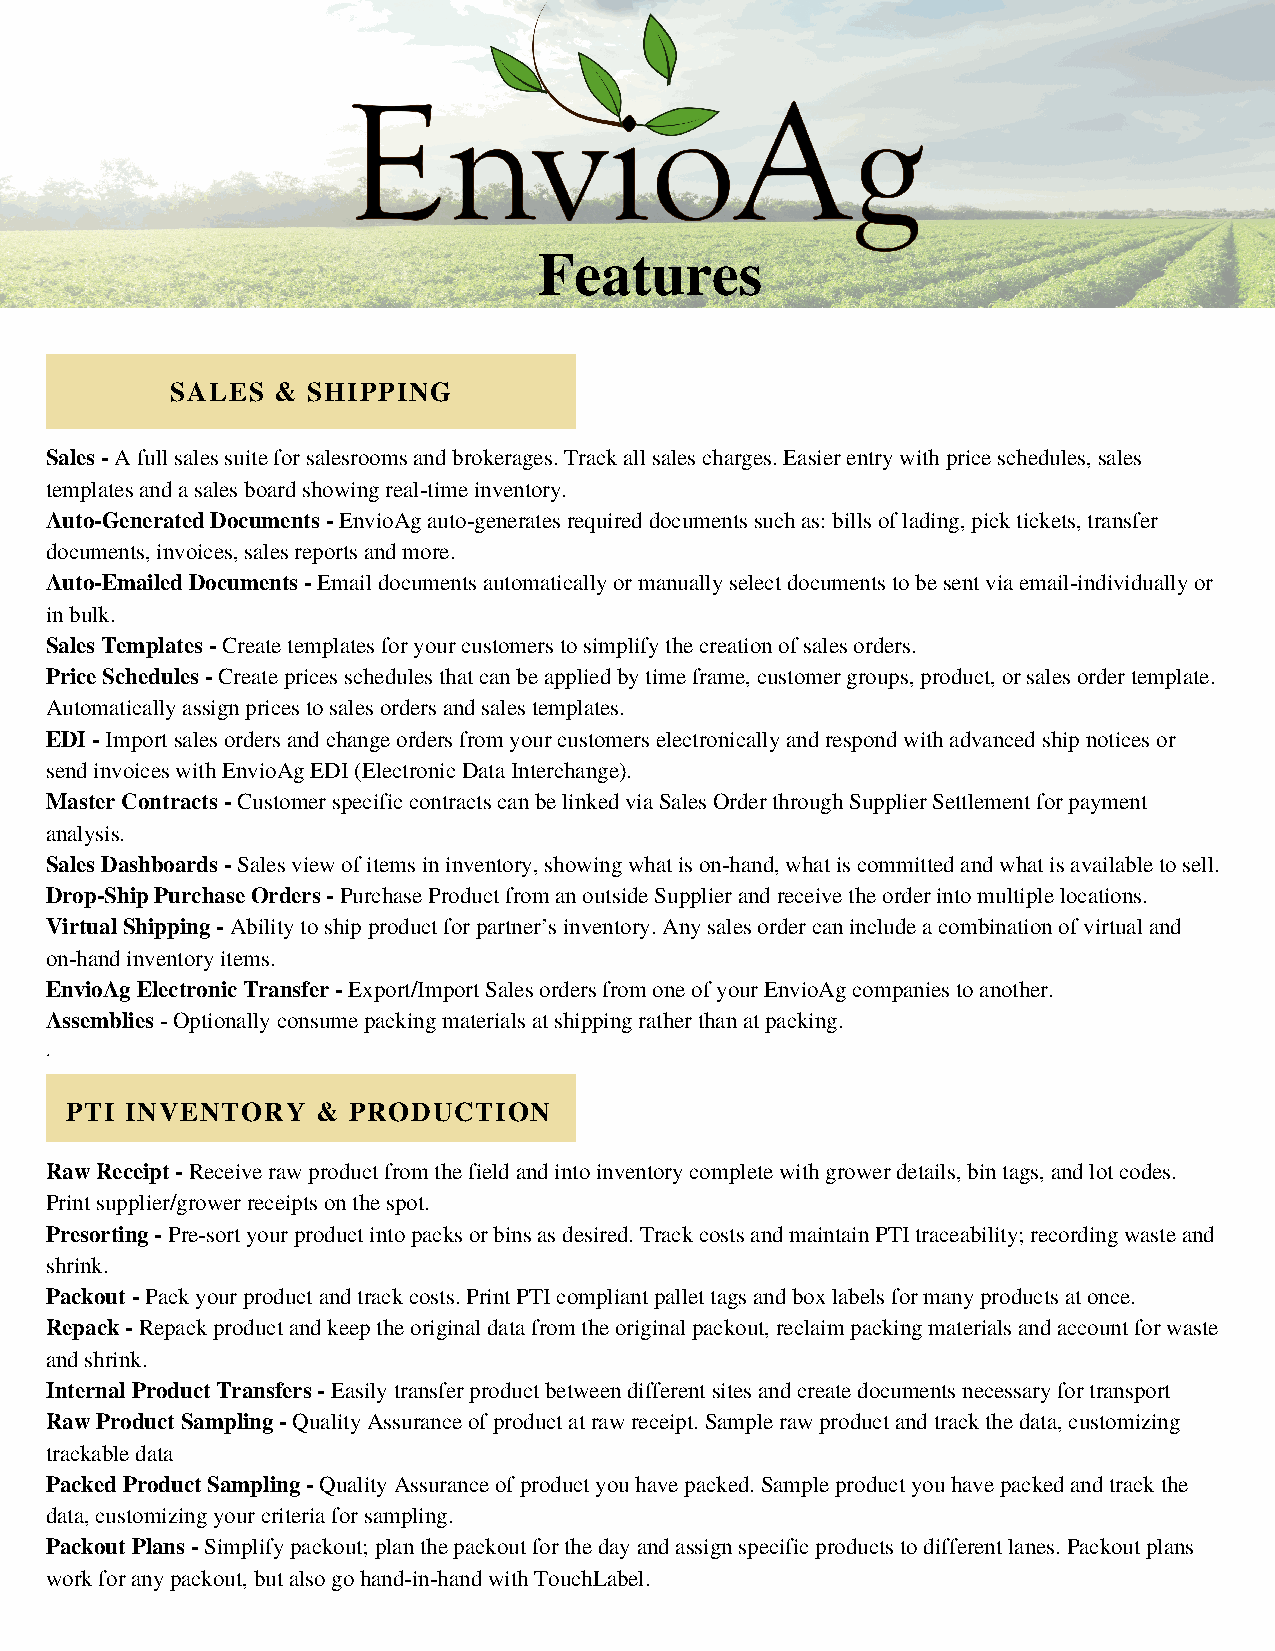
Features
 SALES  & SHIPPING
 Sales - A full sales suite for salesrooms and brokerages. Track all sales charges. Easier entry with price schedules, sales
 templates and a sales board showing real-time inventory.
 Auto-Generated Documents - EnvioAg auto-generates required documents such as: bills of lading, pick tickets, transfer
 documents, invoices, sales reports and more.
 Auto-Emailed Documents - Email documents automatically or manually select documents to be sent via email-individually or
 in bulk.
 Sales Templates - Create templates for your customers to simplify the creation of sales orders.
 Price Schedules - Create prices schedules that can be applied by time frame, customer groups, product, or sales order template.
 Automatically assign prices to sales orders and sales templates.
 EDI - Import sales orders and change orders from your customers electronically and respond with advanced ship notices or
 send invoices with EnvioAg EDI (Electronic Data Interchange).
 Master Contracts - Customer specific contracts can be linked via Sales Order through Supplier Settlement for payment
 analysis.
 Sales Dashboards - Sales view of items in inventory, showing what is on-hand, what is committed and what is available to sell.
 Drop-Ship Purchase Orders - Purchase Product from an outside Supplier and receive the order into multiple locations.
 Virtual Shipping - Ability to ship product for partner’s inventory. Any sales order can include a combination of virtual and
 on-hand inventory items.
 EnvioAg Electronic Transfer - Export/Import Sales orders from one of your EnvioAg companies to another.
 Assemblies - Optionally consume packing materials at shipping rather than at packing.
 .
 PTI INVENTORY    & PRODUCTION
 Raw Receipt - Receive raw product from the field and into inventory complete with grower details, bin tags, and lot codes.
 Print supplier/grower receipts on the spot.
 Presorting - Pre-sort your product into packs or bins as desired. Track costs and maintain PTI traceability; recording waste and
 shrink.
 Packout - Pack your product and track costs. Print PTI compliant pallet tags and box labels for many products at once.
 Repack - Repack product and keep the original data from the original packout, reclaim packing materials and account for waste
 and shrink.
 Internal Product Transfers - Easily transfer product between different sites and create documents necessary for transport
 Raw Product Sampling - Quality Assurance of product at raw receipt. Sample raw product and track the data, customizing
 trackable data
 Packed Product Sampling - Quality Assurance of product you have packed. Sample product you have packed and track the
 data, customizing your criteria for sampling.
 Packout Plans - Simplify packout; plan the packout for the day and assign specific products to different lanes. Packout plans
 work for any packout, but also go hand-in-hand with TouchLabel.